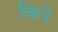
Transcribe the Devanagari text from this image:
क़िये